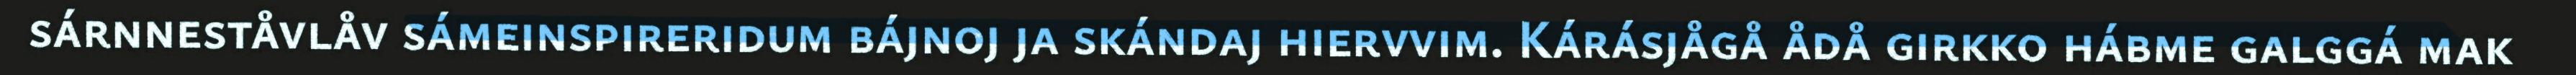
sárnneståvlåv sámeinspireridum bájnoj ja skándaj hiervvim. Kárásjågå ådå girkko hábme galggá mak